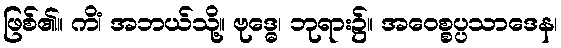
ဖြစ်၏။ ကိံ၊ အဘယ်သို့။ ဗုဒ္ဓေ၊ ဘုရား၌။ အဝေစ္စပ္ပသာဒေန၊